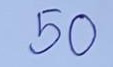
50